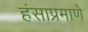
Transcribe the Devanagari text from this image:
हंसाप्रमाणे